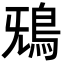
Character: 𩿑